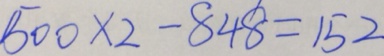
5 0 0 \times 2 - 8 4 8 = 1 5 2